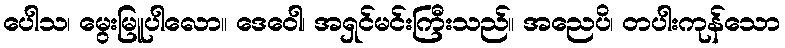
ပေါသ၊ မွေးမြူပါလော။ ဒေဝေါ၊ အရှင်မင်းကြီးသည်။ အညေပိ၊ တပါးကုန်သော